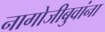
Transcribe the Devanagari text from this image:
नागोजीबुवांना